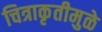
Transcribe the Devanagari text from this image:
चित्राकृतीमुळे